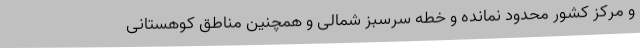
و مرکز کشور محدود نمانده و خطه سرسبز شمالی و همچنین مناطق کوهستانی